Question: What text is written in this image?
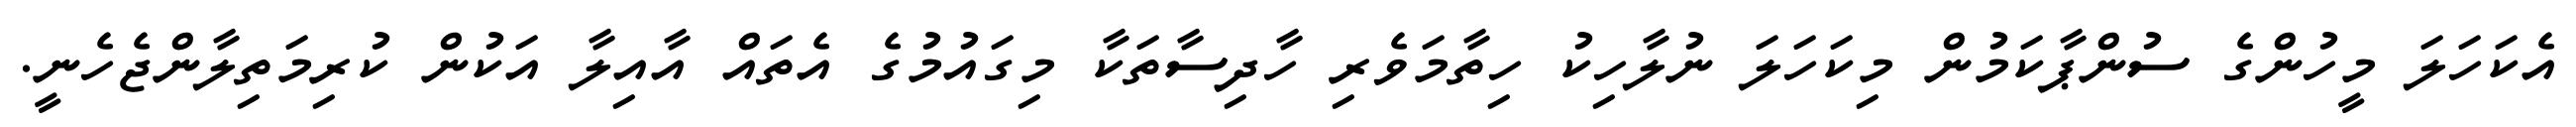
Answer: އެކަހަލަ މީހުންގެ ސުންޕާކަމުން މިކަހަލަ ނުލާހިކު ހިތާމަވެރި ހާދިސާތަކާ މިގައުމުގެ އެތައް އާއިލާ އަކުން ކުރިމަތިލާންޖެހެނީ.